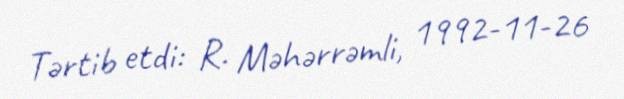
Tərtib etdi: R. Məhərrəmli, 1992-11-26